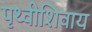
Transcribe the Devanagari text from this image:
पृथ्वीशिवाय